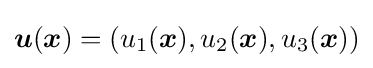
{\boldsymbol {u}}({\boldsymbol {x}})=\left(u_{1}({\boldsymbol {x}}),u_{2}({\boldsymbol {x}}),u_{3}({\boldsymbol {x}})\right)